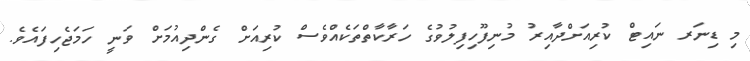
މި ޑިނަރ ނައިޓް ކުރިއަށްދާއިރު މުނިފޫހިފިލުވުގެ ހަރާކާތްތަކެއްވެސް ކުރިއަށް ގެންދިއުމަށް ވަނީ ހަމަޖެހިފައެވެ.